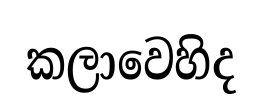
කලාවෙහිද